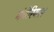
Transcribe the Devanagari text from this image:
मंचेरियल